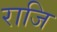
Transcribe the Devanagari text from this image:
राजि